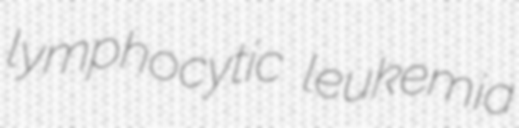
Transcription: lymphocytic leukemia